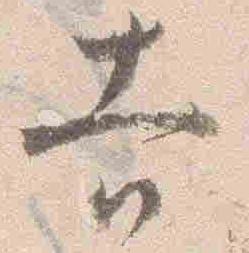
吉